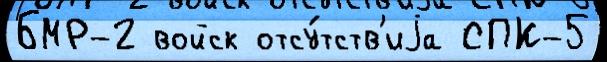
БМР-2 войск отсу́тств'иjа СПК-5